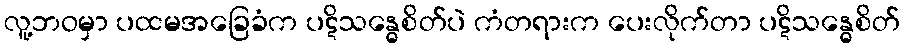
လူ့ဘဝမှာ ပထမအခြေခံက ပဋိသန္ဓေစိတ်ပဲ ကံတရားက ပေးလိုက်တာ ပဋိသန္ဓေစိတ်